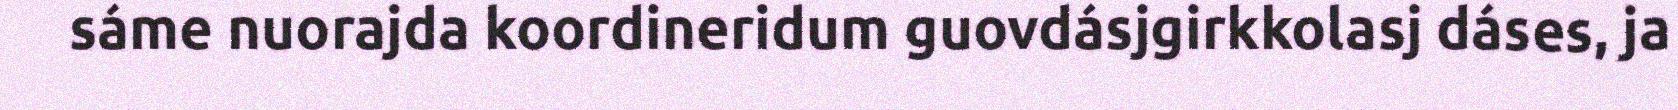
sáme nuorajda koordineridum guovdásjgirkkolasj dáses, ja